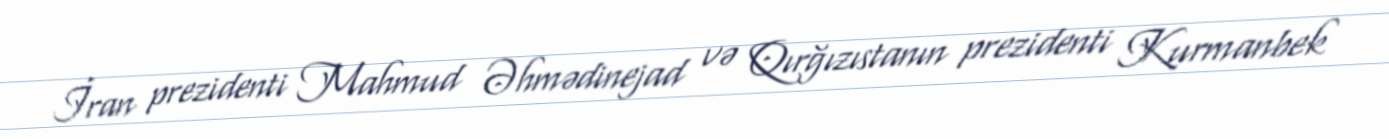
İran prezidenti Mahmud Əhmədinejad və Qırğızıstanın prezidenti Kurmanbek